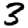
Digit: 3